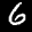
Label: 6